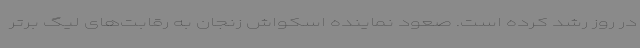
در روز رشد کرده است. صعود نماینده اسکواش زنجان به رقابت‌های لیگ برتر